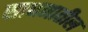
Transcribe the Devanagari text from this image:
साधनातील